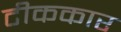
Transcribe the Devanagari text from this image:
टीककार